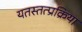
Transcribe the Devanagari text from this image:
यतस्तत्प्रक्रिया